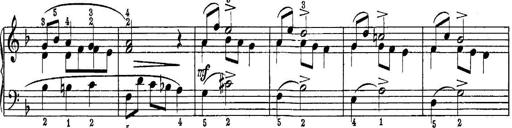
Title: Piano Sonatina No.1 in C major
Composer: Tadeusz Joteyko
Key: C major